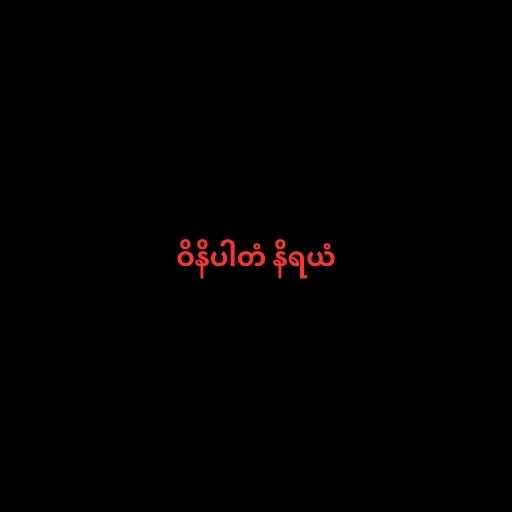
ဝိနိပါတံ နိရယံ